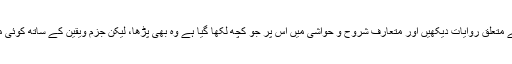
میں نے کتب احادیث میں اس سے متعلق روایات دیکھیں اور متعارف شروح و حواشی میں اس پر جو کچھ لکھا گیا ہے وہ بھی پڑھا، لیکن جزم ویقین کے ساتھ کوئی متعین تشریح سمجھ میں نہ آسکی۔